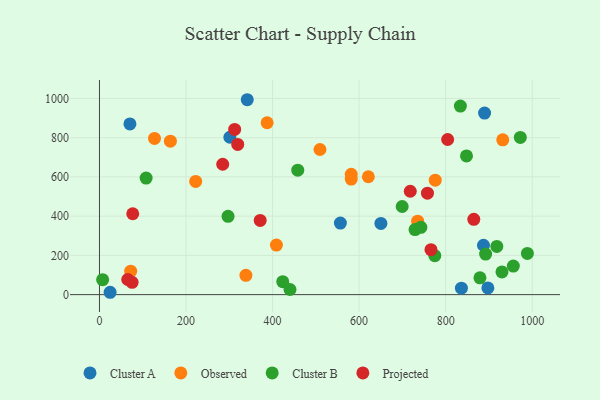
{"axis": {"x": "Distance", "y": "Fuel Efficiency"}, "legend": ["Cluster A", "Cluster B", "Observed", "Projected"], "data": [{"x": "887.4", "y": 251.8, "type": "Cluster A"}, {"x": "897.5", "y": 34.1, "type": "Cluster A"}, {"x": "70.4", "y": 870.2, "type": "Cluster A"}, {"x": "301.3", "y": 802.1, "type": "Cluster A"}, {"x": "341.5", "y": 993.5, "type": "Cluster A"}, {"x": "650.3", "y": 362.7, "type": "Cluster A"}, {"x": "889.9", "y": 925.4, "type": "Cluster A"}, {"x": "24.6", "y": 12.0, "type": "Cluster A"}, {"x": "836.4", "y": 33.0, "type": "Cluster A"}, {"x": "556.7", "y": 364.6, "type": "Cluster A"}, {"x": "338.4", "y": 98.3, "type": "Observed"}, {"x": "581.8", "y": 613.6, "type": "Observed"}, {"x": "509.5", "y": 739.7, "type": "Observed"}, {"x": "163.9", "y": 782.1, "type": "Observed"}, {"x": "581.8", "y": 589.2, "type": "Observed"}, {"x": "931.9", "y": 789.1, "type": "Observed"}, {"x": "127.2", "y": 796.4, "type": "Observed"}, {"x": "408.9", "y": 252.5, "type": "Observed"}, {"x": "621.3", "y": 600.9, "type": "Observed"}, {"x": "775.9", "y": 583.5, "type": "Observed"}, {"x": "72.1", "y": 119.7, "type": "Observed"}, {"x": "735.2", "y": 374.2, "type": "Observed"}, {"x": "387.4", "y": 876.2, "type": "Observed"}, {"x": "222.3", "y": 577.1, "type": "Observed"}, {"x": "930.1", "y": 115.6, "type": "Cluster B"}, {"x": "440.3", "y": 26.2, "type": "Cluster B"}, {"x": "972.5", "y": 801.4, "type": "Cluster B"}, {"x": "699.5", "y": 449.2, "type": "Cluster B"}, {"x": "297.1", "y": 399.4, "type": "Cluster B"}, {"x": "729.2", "y": 331.8, "type": "Cluster B"}, {"x": "988.8", "y": 210.0, "type": "Cluster B"}, {"x": "918.2", "y": 245.7, "type": "Cluster B"}, {"x": "7.3", "y": 76.3, "type": "Cluster B"}, {"x": "774.9", "y": 198.5, "type": "Cluster B"}, {"x": "834.0", "y": 961.1, "type": "Cluster B"}, {"x": "742.7", "y": 343.0, "type": "Cluster B"}, {"x": "107.8", "y": 594.0, "type": "Cluster B"}, {"x": "458.2", "y": 634.4, "type": "Cluster B"}, {"x": "423.5", "y": 66.2, "type": "Cluster B"}, {"x": "879.2", "y": 85.6, "type": "Cluster B"}, {"x": "892.3", "y": 206.8, "type": "Cluster B"}, {"x": "848.1", "y": 707.1, "type": "Cluster B"}, {"x": "956.3", "y": 145.5, "type": "Cluster B"}, {"x": "371.4", "y": 378.4, "type": "Projected"}, {"x": "757.9", "y": 517.0, "type": "Projected"}, {"x": "284.8", "y": 664.6, "type": "Projected"}, {"x": "718.2", "y": 527.0, "type": "Projected"}, {"x": "804.6", "y": 790.8, "type": "Projected"}, {"x": "75.4", "y": 62.7, "type": "Projected"}, {"x": "319.5", "y": 765.8, "type": "Projected"}, {"x": "865.0", "y": 383.7, "type": "Projected"}, {"x": "312.4", "y": 842.0, "type": "Projected"}, {"x": "76.9", "y": 412.2, "type": "Projected"}, {"x": "65.3", "y": 77.2, "type": "Projected"}, {"x": "766.0", "y": 229.1, "type": "Projected"}]}